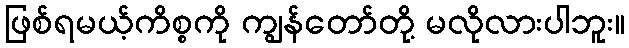
ဖြစ်ရမယ့်ကိစ္စကို ကျွန်တော်တို့ မလိုလားပါဘူး။